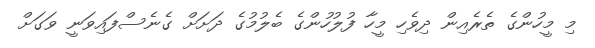
މި މީހުންގެ ތެރެއިން ދިވެހި މީހާ ފުލުހުންގެ ބެލުމުގެ ދަށަށް ގެނެސްފައިވަނީ ވަގަށް